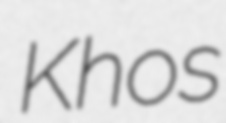
Khos